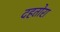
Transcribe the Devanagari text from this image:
दहतोरा